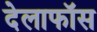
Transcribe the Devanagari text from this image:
देलाफॉस